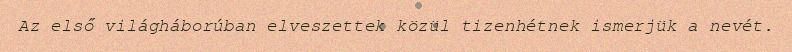
Az első világháborúban elveszettek közül tizenhétnek ismerjük a nevét.